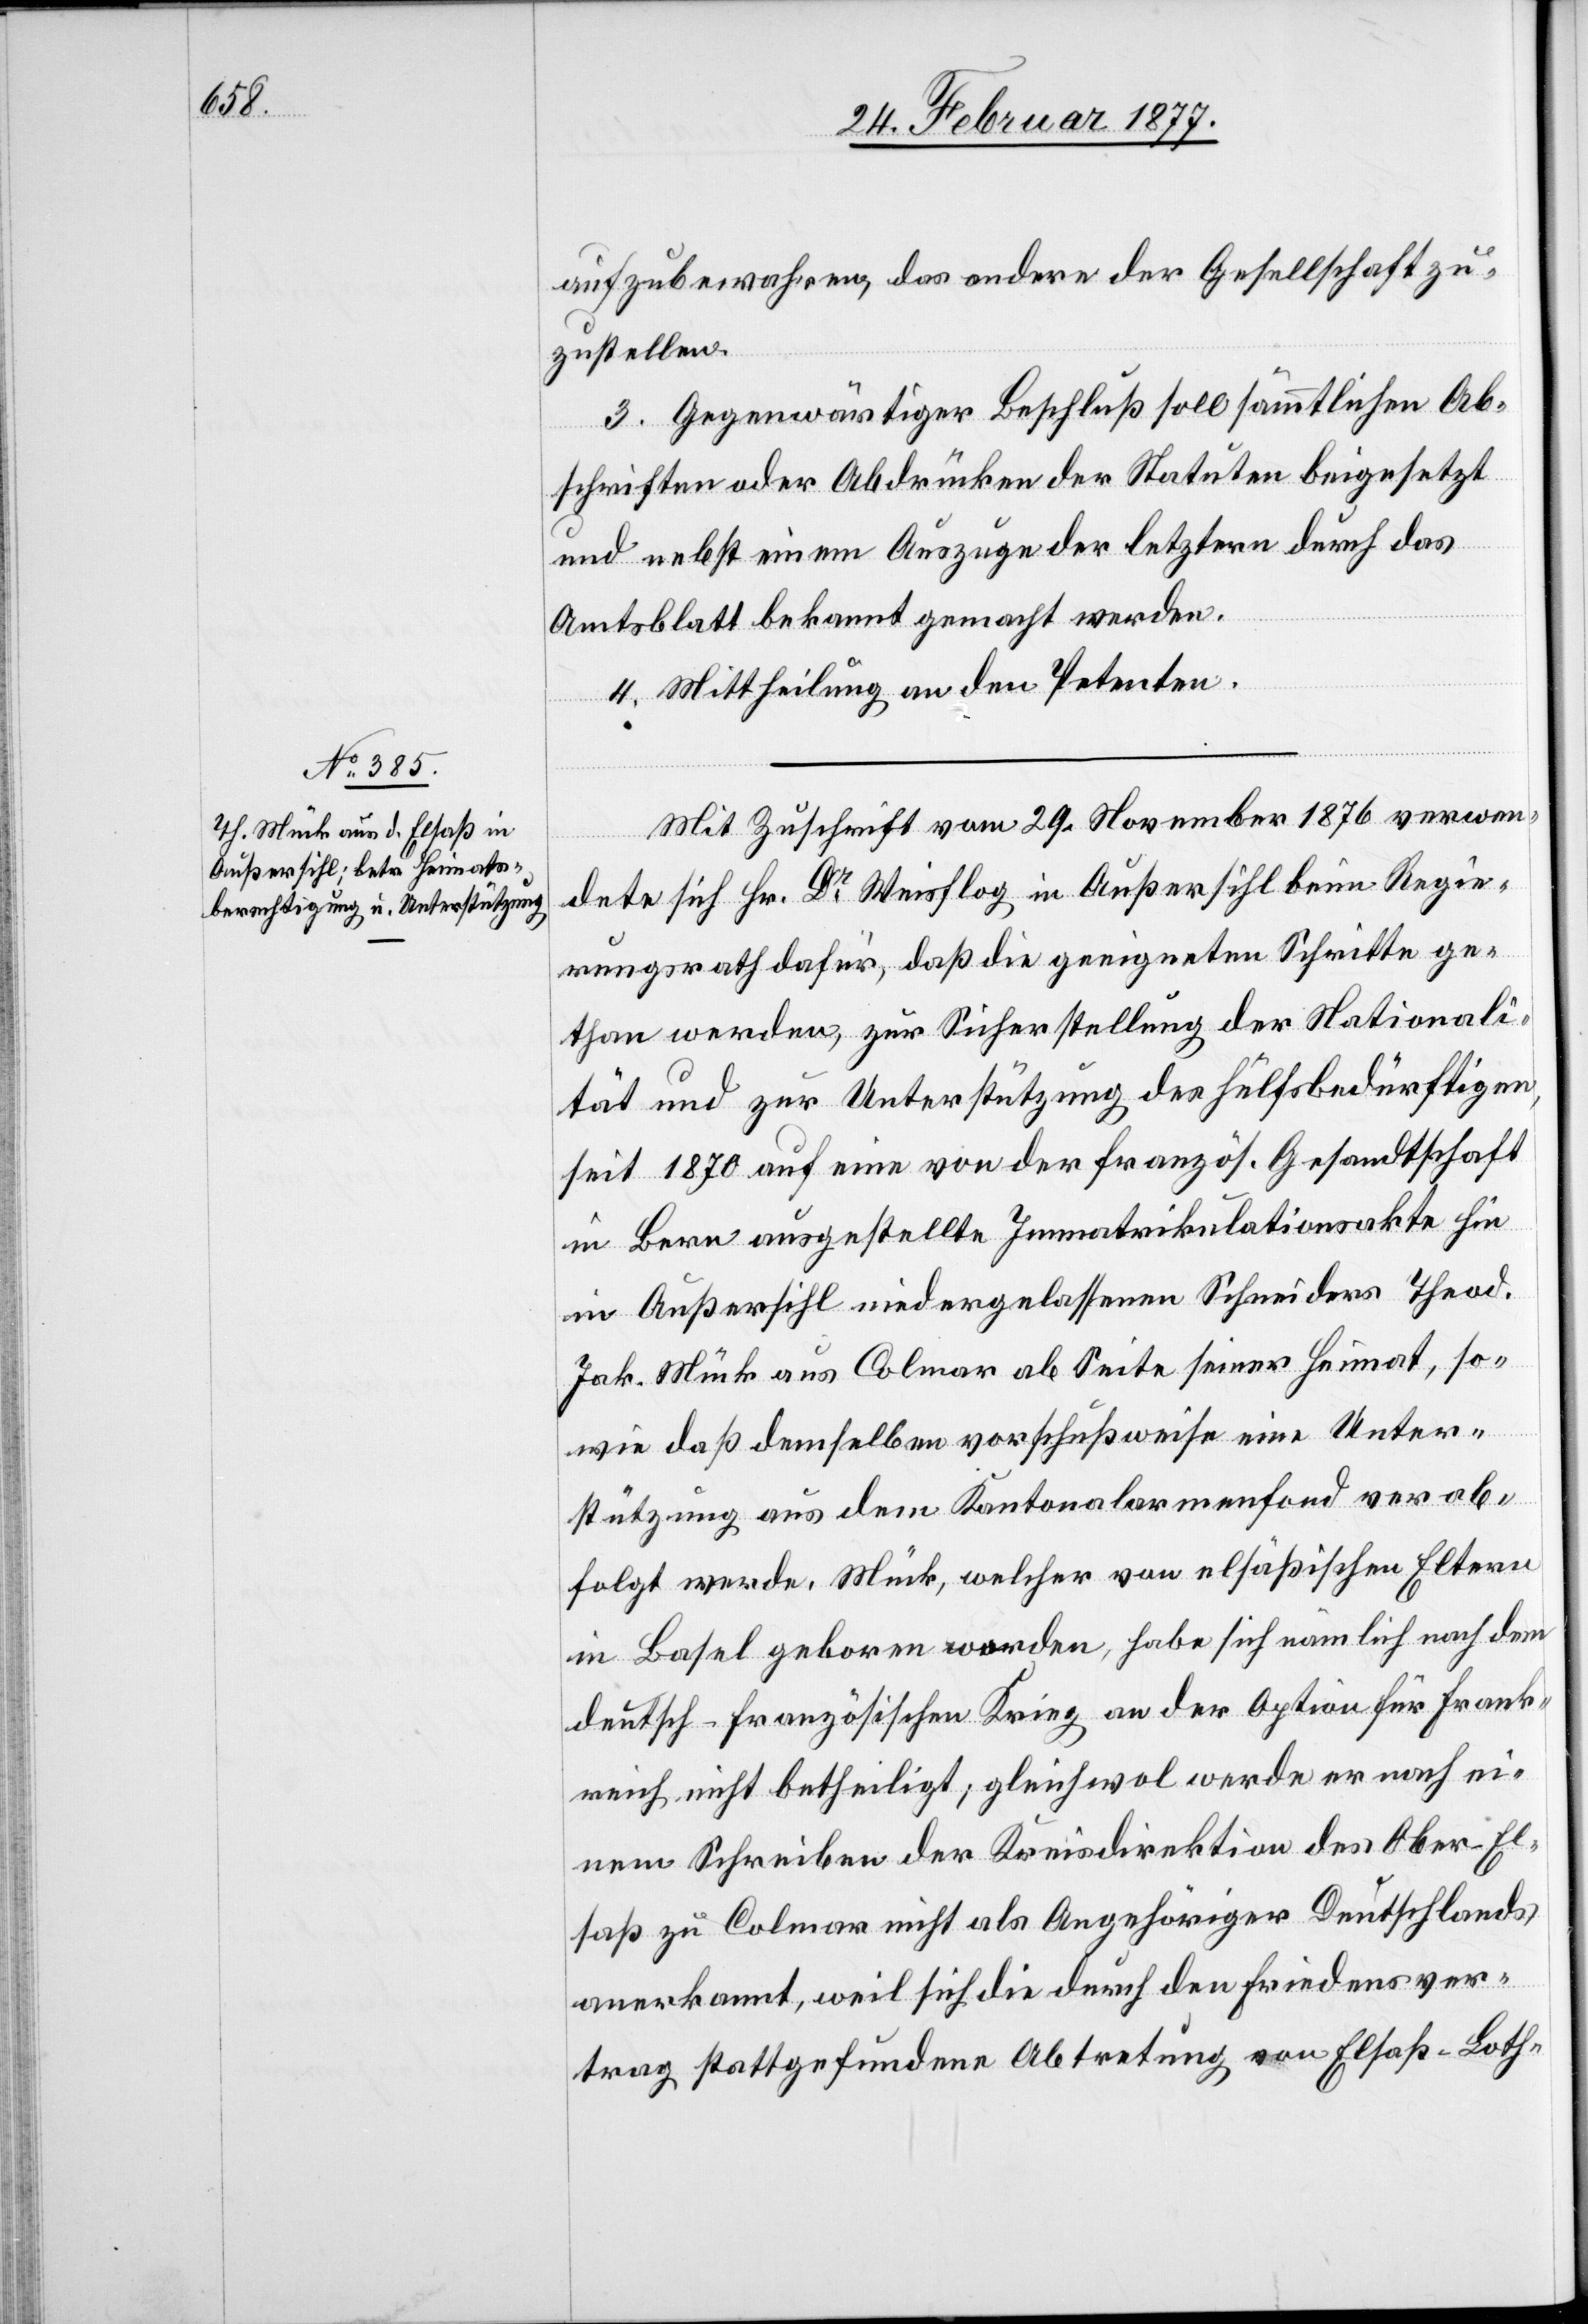
aufzubewahren, das andere der Gesellschaft zu¬
zustellen.
III. Gegenwärtiger Beschluß soll sämmtlichen Ab¬
schriften oder Abdrücken der Statuten beigesetzt
und nebst einem Auszuge der letztern durch das
Amtsblatt bekannt gemacht werden.
IV. Mittheilung an den Petenten.
Mit Zuschrift vom 29. November 1876 verwen¬
dete sich Hr. Dr Weisflog in Außersihl beim Regie¬
rungsrath dafür, daß die geeigneten Schritte ge¬
than werden, zur Sicherstellung der Nationali¬
tät und zur Unterstützung des Hülfsbedürftigen,
seit 1870 auf eine von der französ. Gesandtschaft
in Bern ausgestellte Immatrikulationsakte hin
in Außersihl niedergelassenen Schneiders Theod.
Jak. Mück aus Colmar ab Seite seiner Heimat, so¬
wie daß demselben vorschußweise eine Unter¬
stützung aus dem Kantonalarmenfond verab¬
folgt werde. Mück, welcher von elsäßischen Eltern
in Basel geboren worden, habe sich nämlich nach dem
deutsch-französischen Krieg an der Option für Frank¬
reich nicht betheiligt; gleichwol werde er nach ei¬
nem Schreiben der Kreisdirektor des Ober-El¬
saß zu Colmar nicht als Angehöriger Deutschlands
anerkannt, weil sich die durch den Friedensver¬
trag stattgefundene Abtretung von Elsaß-Loth-